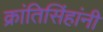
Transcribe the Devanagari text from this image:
क्रांतिसिंहांनी